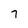
Character: 7